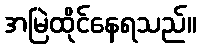
အမြဲထိုင်နေရသည်။